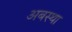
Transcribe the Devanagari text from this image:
अबस्था